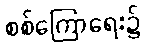
စစ်ကြောရေး၌